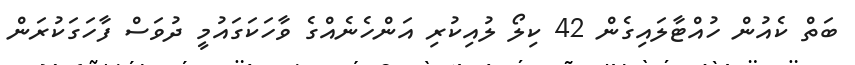
ބަތް ކެއުން ހުއްޓާލައިގެން 42 ކިލޯ ލުއިކުރި އަންހެނެއްގެ ވާހަކަގައުމީ ދުވަސް ފާހަގަކުރަން